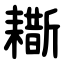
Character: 䎰